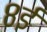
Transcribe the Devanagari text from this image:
८ई